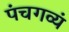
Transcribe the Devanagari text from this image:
पंचगव्यं